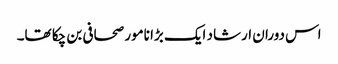
اس دوران ارشاد ایک بڑا نامور صحافی بن چکا تھا۔